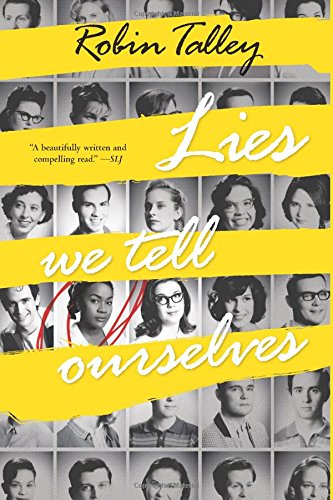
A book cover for Lies We Tell Ourselves (Harlequin Teen); Robin Talley; Teen & Young Adult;